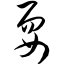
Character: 耍